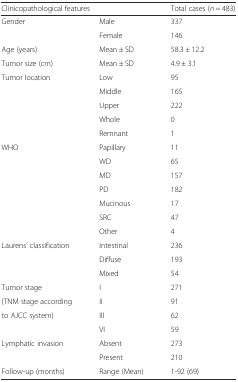
| <COLSPAN=2> Clinicopathological features | Total cases (n = 483) |
 | --- | --- | --- |
 | Gender | Male | 337 |
 |  | Female | 146 |
 | Age (years) | Mean ± SD | 58.3 ± 12.2 |
 | Tumor size (cm) | Mean ± SD | 4.9 ± 3.1 |
 | Tumor location | Low | 95 |
 |  | Middle | 165 |
 |  | Upper | 222 |
 |  | Whole | 0 |
 |  | Remnant | 1 |
 | WHO | Papillary | 11 |
 |  | WD | 65 |
 |  | MD | 157 |
 |  | PD | 182 |
 |  | Mucinous | 17 |
 |  | SRC | 47 |
 |  | Other | 4 |
 | Laurens’ classification | Intestinal | 236 |
 |  | Diffuse | 193 |
 |  | Mixed | 54 |
 | Tumor stage | I | 271 |
 | (TNM stage according | II | 91 |
 | to AJCC system) | III | 62 |
 |  | VI | 59 |
 | Lymphatic invasion | Absent | 273 |
 |  | Present | 210 |
 | Follow-up (months) | Range (Mean) | 1-92 (69) |